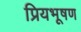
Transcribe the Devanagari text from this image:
प्रियभूषण